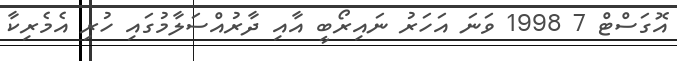
އޮގަސްޓް 7 1998 ވަނަ އަހަރު ނައިރޯބީ އާއި ދާރުއްސަލާމުގައި ހުރި އެމެރިކާ